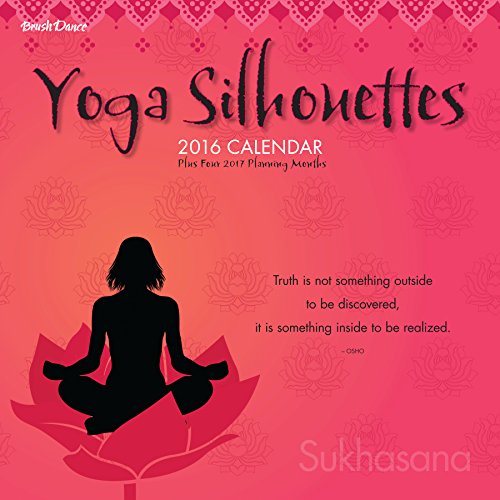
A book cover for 2016 Yoga Silhouettes Wall Calendar; Brush Dance; Calendars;